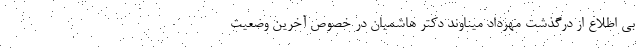
بی اطلاع از درگذشت مهرداد میناوند دکتر هاشمیان در خصوص آخرین وضعیت